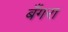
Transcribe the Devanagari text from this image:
बँगरा